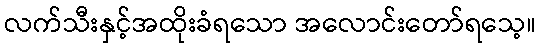
လက်သီးနှင့်အထိုးခံရသော အလောင်းတော်ရသေ့။